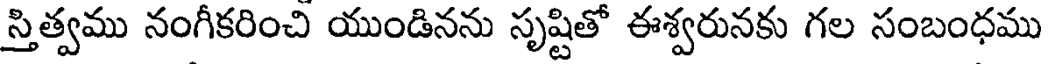
స్తిత్వము నంగీకరించి యుండినను సృష్టితో ఈశ్వరునకు గల సంబంధము